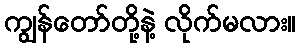
ကျွန်တော်တို့နဲ့ လိုက်မလား။